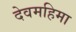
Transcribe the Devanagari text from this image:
देवमहिमा